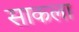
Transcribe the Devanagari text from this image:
साकला